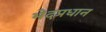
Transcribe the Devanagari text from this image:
भेदप्रधान